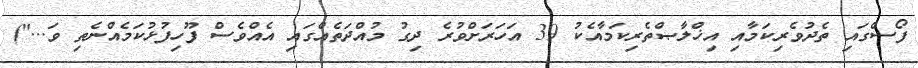
ފޯސްގައި ތެދުވެރިކަމާއި އިޚްލާޞްތެރިކަމާއެކު 39 އަހަރަށްވުރެ ދިގު މުއްދަތެއްގައި އެއްވެސް ފޫހިފުޅުކަމެއްނެތި ވަ...")